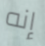
إنه